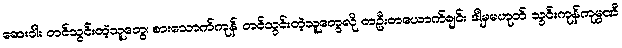
ဆေးဝါး တင်သွင်းတဲ့သူတွေ၊ စားသောက်ကုန် တင်သွင်းတဲ့သူတွေလို တဦးတယောက်ချင်း ဒါမှမဟုတ် သွင်းကုန်ကုမ္ပဏီ